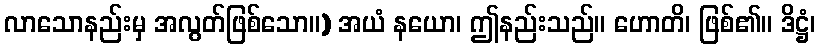
လာသောနည်းမှ အလွတ်ဖြစ်သော။) အယံ နယော၊ ဤနည်းသည်။ ဟောတိ၊ ဖြစ်၏။ ဒိဋ္ဌံ၊